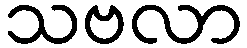
သဗလာ